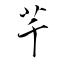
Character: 芊